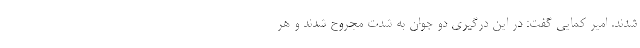
شدند. امیر کمایی گفت: در این درگیری دو جوان به شدت مجروح شدند و هر